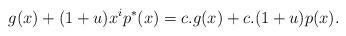
LaTeX: \begin{align*}g(x)+(1+u)x^ip^*(x)=c.g(x)+c.(1+u)p(x).\end{align*}